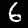
Digit: 6